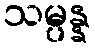
သမ္ပန္န